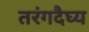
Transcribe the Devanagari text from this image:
तरंगदैघ्य